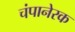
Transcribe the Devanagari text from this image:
चंपानेरक